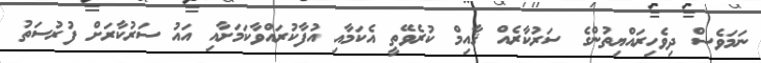
ނަމަވެސް ދިވެހިރައްޔިތުންގެ ސަރުކާރެއް ޤާއިމް ކުރެވޭތީ އެކަމާއި އުފާކުރައްވާކަމަށާއި އައު ސަރުކާރަށް ފުރުސަތު